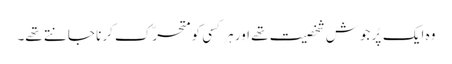
وہ ایک پُرجوش شخصیت تھے اور ہر کسی کو متحرّک کرنا جانتے تھے۔